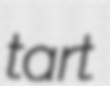
tart